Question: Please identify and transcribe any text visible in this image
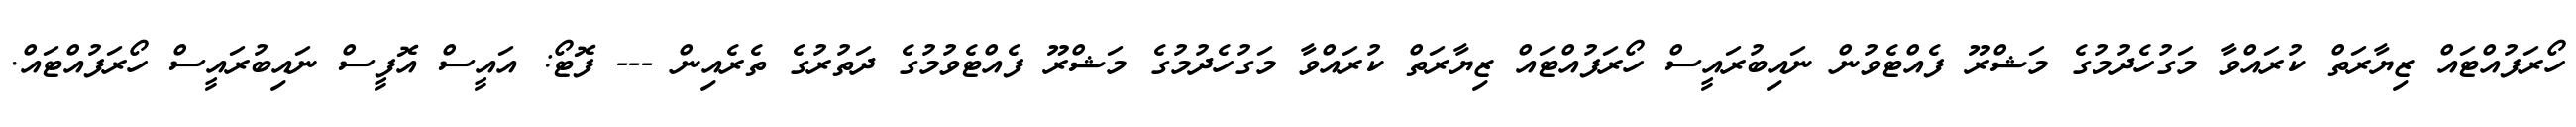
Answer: ހޯރަފުއްޓައް ޒިޔާރަތް ކުރައްވާ މަގުހެދުމުގެ މަޝްރޫ ފެއްޓެވުން ނައިބުރައީސް ހޯރަފުއްޓައް ޒިޔާރަތް ކުރައްވާ މަގުހެދުމުގެ މަޝްރޫ ފެއްޓެވުމުގެ ދަތުރުގެ ތެރެއިން --- ފޮޓޯ: އައީސް އޮފީސް ނައިބުރައީސް ހޯރަފުއްޓައް.